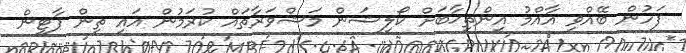
ފަހުން ބޭއްވި އާއްމު އިންތިޚާބަށް ކޯލިޝަން މަޝްވަރާތައް ކުރަމުން އައި ތިން ޕާޓީން